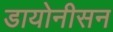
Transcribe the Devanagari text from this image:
डायोनीसन